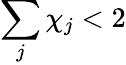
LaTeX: \sum_{j}\chi_{j}<2